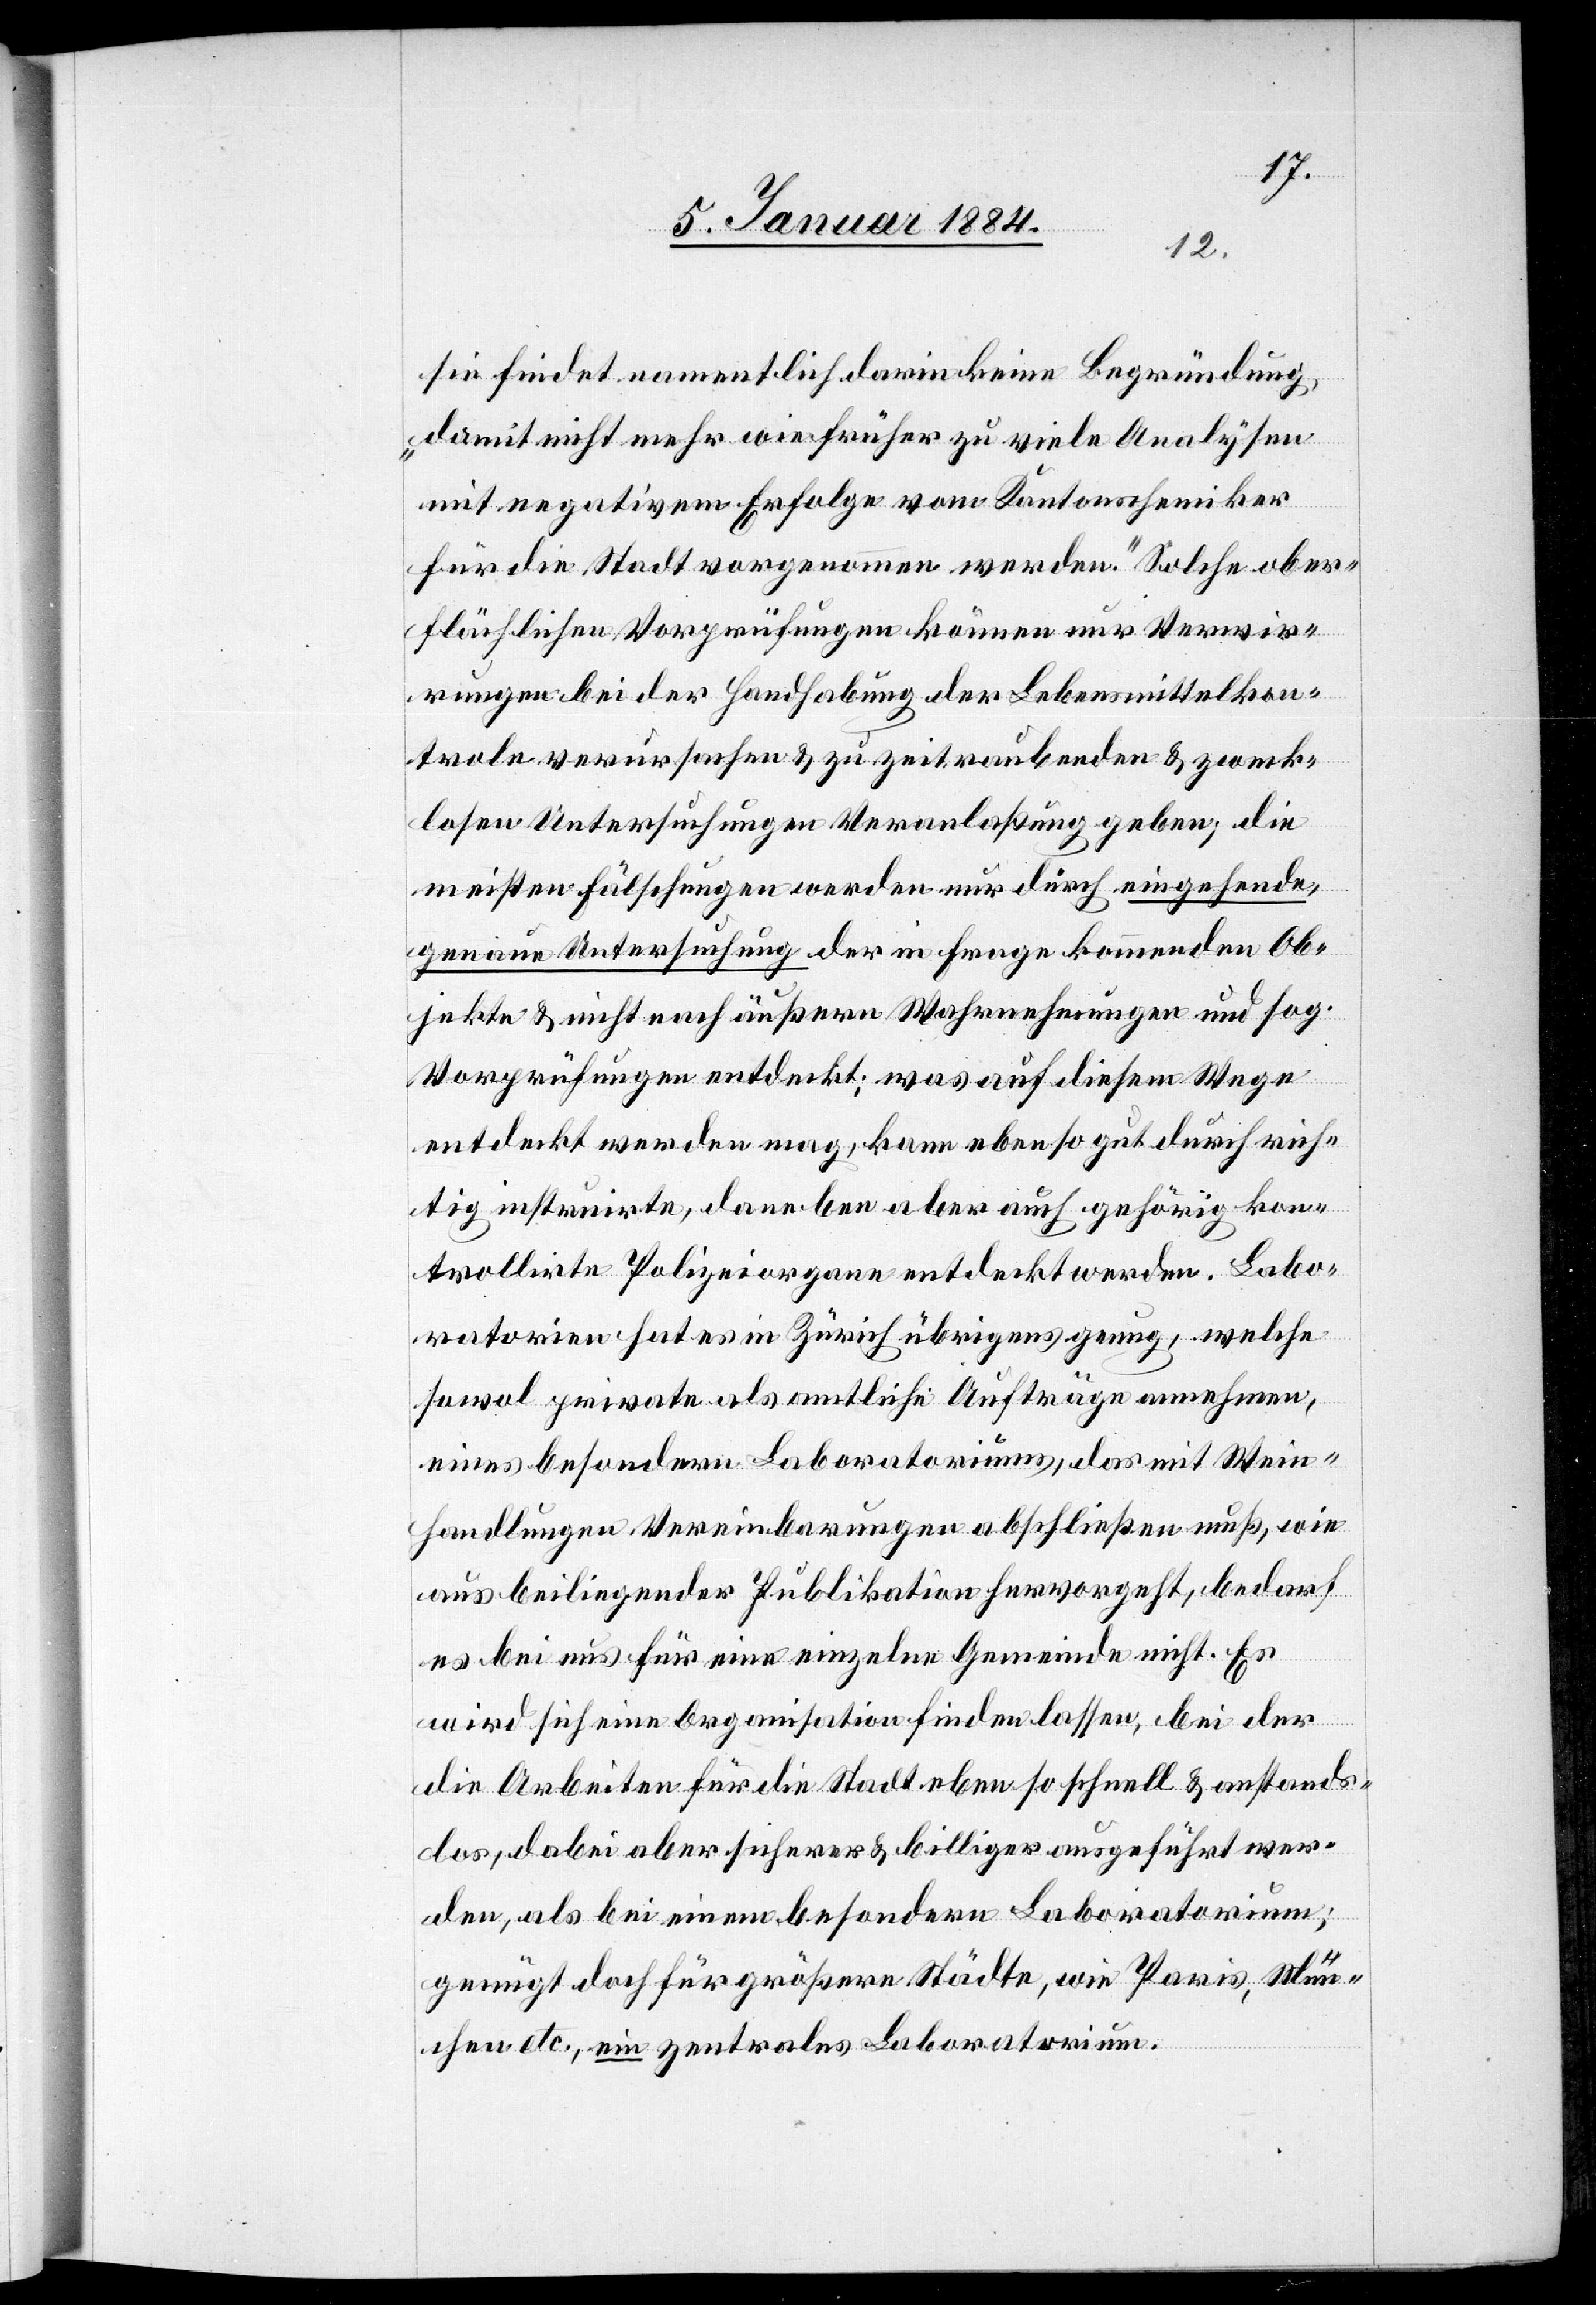
sie findet namentlich darin keine Begründung,
„damit nicht mehr wie früher zu viele Analysen
mit negativem Erfolge vom Kantonschemiker
für die Stadt vorgenommen werden.“ Solche ober¬
flächlichen Vorprüfungen können nur Verwir¬
rungen bei der Handhabung der Lebensmittelkon¬
trole verursachen & zu zeitraubenden & zweck¬
losen Untersuchungen Veranlaßung geben; die
meisten Fälschungen werden nur durch eingehende,
genaue Untersuchung der in Frage kommenden Ob¬
jekte & nicht nach äußern Wahrnehmungen und sog.
Vorprüfungen entdeckt; was auf diesem Wege
entdeckt werden mag, kann ebenso gut durch rich¬
tig instruirte, daneben aber auch gehörig kon¬
trollirte Polizeiorgane entdeckt werden. Labo¬
ratorien hat es in Zürich übrigens genug, welche
sowol private als amtliche Aufträge annehmen,
eines besondern Laboratoriums, das mit Wein¬
handlungen Vereinbarungen abschließen muß, wie
aus beiliegender Publikation hervorgeht, bedarf
es bei uns für eine einzelne Gemeinde nicht. Es
wird sich eine Organisation finden lassen, bei der
die Arbeiten für die Stadt eben so schnell & anstands¬
los, dabei aber sicherer & billiger ausgeführt wer¬
den, als bei einem besondern Laboratorium;
genügt doch für größere Städte, wie Paris, Mün¬
chen etc., ein zentrales Laboratorium.